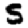
Digit: 5